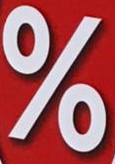
%